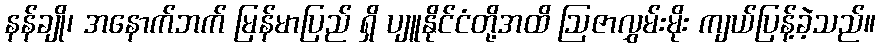
နန်ချို၊ အနောက်ဘက် မြန်မာပြည် ရှိ ပျူနိုင်ငံတို့အထိ ဩဇာလွှမ်းမိုး ကျယ်ပြန့်ခဲ့သည်။